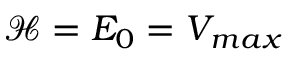
{ \mathcal { H } } = E _ { 0 } = V _ { m a x }